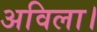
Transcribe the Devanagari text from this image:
अविला।